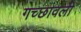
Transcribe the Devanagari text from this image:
गच्छावली